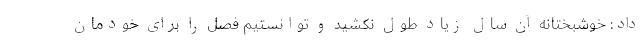
داد: خوشبختانه آن سال زیاد طول نکشید و توانستیم فصل را برای خودمان